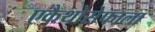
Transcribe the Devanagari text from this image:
एकैथोसेफाला